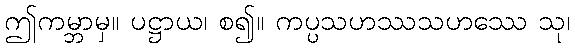
ဤကမ္ဘာမှ။ ပဋ္ဌာယ၊ စ၍။ ကပ္ပသဟဿသဟဿေ သု၊